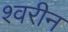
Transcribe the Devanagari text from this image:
श्वरीन